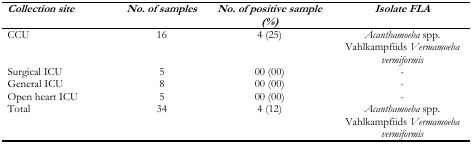
<table><thead><tr><td><b><i>Collection site</i></b></td><td><b><i>No. of samples</i></b></td><td><b><i>No. of positive sample (%)</i></b></td><td><b><i>Isolate FLA</i></b></td></tr></thead><tbody><tr><td>CCU</td><td>16</td><td>4 (25)</td><td><i>Acanthamoeba</i> spp.Vahlkampfiids <i>Vermamoeba vermiformis</i></td></tr><tr><td>Surgical ICU</td><td>5</td><td>00 (00)</td><td>-</td></tr><tr><td>General ICU</td><td>8</td><td>00 (00)</td><td>-</td></tr><tr><td>Open heart ICU</td><td>5</td><td>00 (00)</td><td>-</td></tr><tr><td>Total</td><td>34</td><td>4 (12)</td><td><i>Acanthamoeba</i> spp.Vahlkampfiids <i>Vermamoeba vermiformis</i></td></tr></tbody></table>